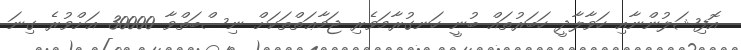
އޮފިޝަލުންނާއި ހަވާލާދީ ހަބަރުތައް ބުނީ ހަނގުރާމަވެރި ޖަމާޢަތްތަކަށް ނިސްބަތްވާ 30000 އަށްވުރެ ގިނަ